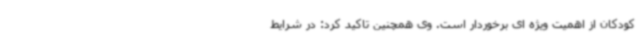
کودکان از اهمیت ویژه ای برخوردار است. وی همچنین تاکید کرد: در شرایط